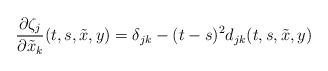
LaTeX: \begin{align*}\frac{\partial\zeta_j}{\partial \tilde{x}_k}(t,s,\tilde{x},y)=\delta_{jk}-(t-s)^2 d_{jk}(t,s,\tilde{x},y)\end{align*}